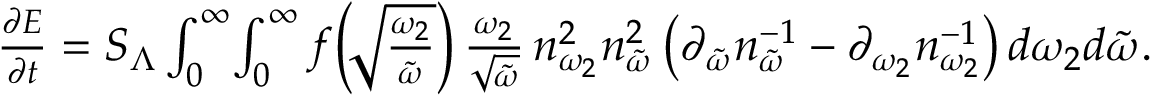
\begin{array} { r } { \frac { \partial E } { \partial t } = S _ { \Lambda } \int _ { 0 } ^ { \infty } \! \int _ { 0 } ^ { \infty } f \! \left( \! \sqrt { \frac { \omega _ { 2 } } { \tilde { \omega } } } \right) \frac { \omega _ { 2 } } { \sqrt { \tilde { \omega } } } \, n _ { \omega _ { 2 } } ^ { 2 } n _ { \tilde { \omega } } ^ { 2 } \left( \partial _ { \tilde { \omega } } n _ { \tilde { \omega } } ^ { - 1 } - \partial _ { \omega _ { 2 } } n _ { \omega _ { 2 } } ^ { - 1 } \right) d \omega _ { 2 } d \tilde { \omega } . } \end{array}